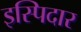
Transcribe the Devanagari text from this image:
इस्पिदार